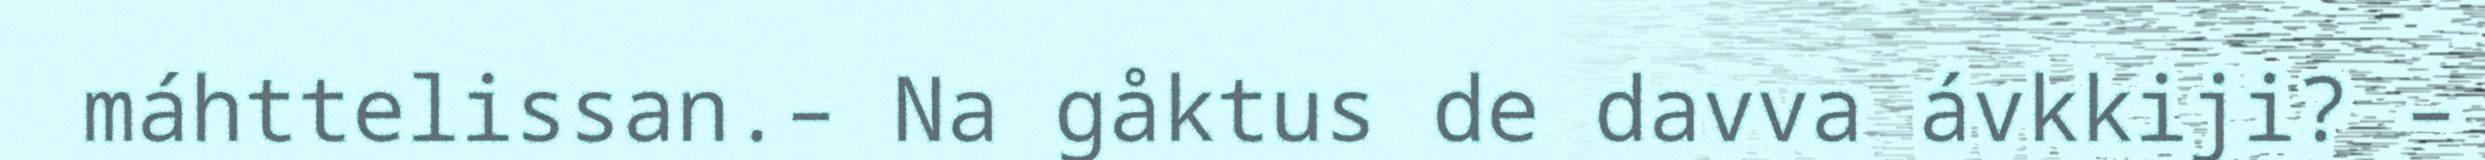
máhttelissan.– Na gåktus de davva ávkkiji? –